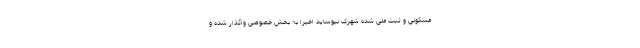
مسکونی و ثبت ملی شده شهرک نیوساید اخیراً به بخش خصوصی واگذار شده و